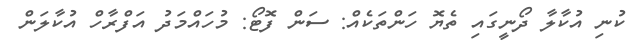
ކުނި އުކާލާ ދޯނީގައި ތެޔޮ ހަންތަކެއް: ސަން ފޮޓޯ: މުހައްމަދު އަފްރާހް އުކާލަން